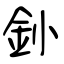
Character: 釥